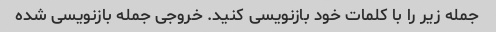
جمله زیر را با کلمات خود بازنویسی کنید. خروجی جمله بازنویسی شده